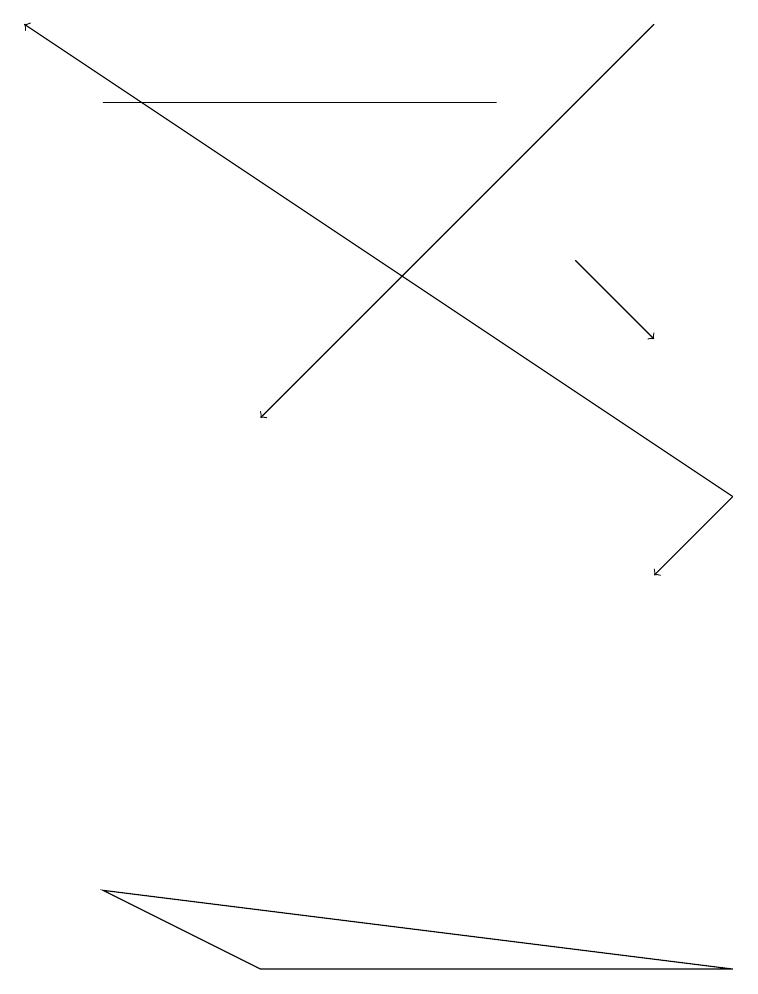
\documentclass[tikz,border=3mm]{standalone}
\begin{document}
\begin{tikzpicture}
\draw (9,5) -- (3,5) -- (1,6) -- cycle;
\draw[->] (9,11) -- (0,17);
\draw[->] (7,14) -- (8,13);
\draw[->] (8,17) -- (3,12);
\draw[->] (9,11) -- (8,10);
\draw (6,16) rectangle (1,16);
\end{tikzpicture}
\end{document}